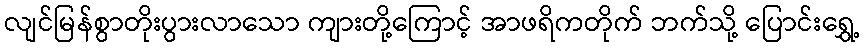
လျင်မြန်စွာတိုးပွားလာသော ကျားတို့ကြောင့် အာဖရိကတိုက် ဘက်သို့ ပြောင်းရွှေ့